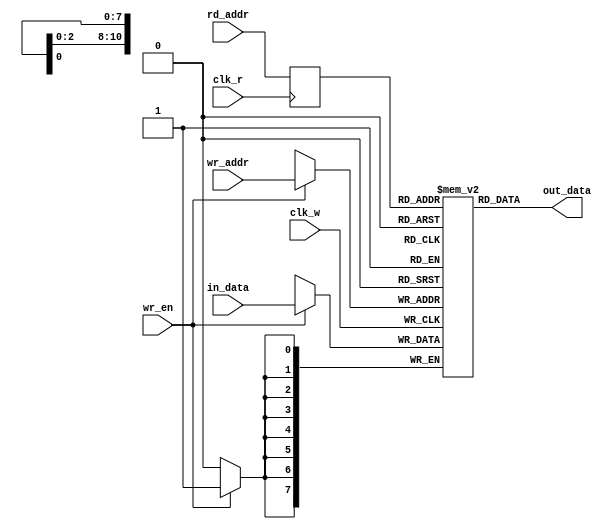
`timescale 1ns / 1ps



module BRAM
	#(
		parameter ADDR_WIDTH = 11, 
				  DATA_WIDTH = 8
	)
	(
		input  clk_r, clk_w,
		input  wr_en, 
		input [DATA_WIDTH-1:0] in_data,
		input [ADDR_WIDTH-1:0] wr_addr ,rd_addr, 
		output [DATA_WIDTH-1:0] out_data
	);
	
	reg[DATA_WIDTH-1:0] bram [2**ADDR_WIDTH-1:0];
	reg[ADDR_WIDTH-1:0] addr_b;
	
	always @(posedge clk_w) begin
		if(wr_en) 
		bram[wr_addr] <= in_data;
	end
	always @(posedge clk_r) begin
		addr_b <= rd_addr;	
	end
	assign out_data = bram[addr_b];
	
endmodule